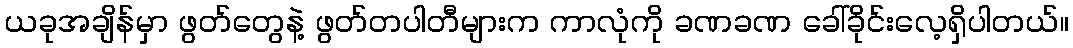
ယခုအချိန်မှာ ဖွတ်တွေနဲ့ ဖွတ်တပါတီများက ကာလုံကို ခဏခဏ ခေါ်ခိုင်းလေ့ရှိပါတယ်။